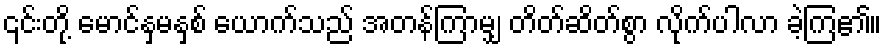
၎င်းတို့ မောင်နှမနှစ် ယောက်သည် အတန်ကြာမျှ တိတ်ဆိတ်စွာ လိုက်ပါလာ ခဲ့ကြ၏။